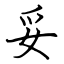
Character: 妥